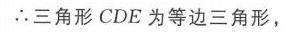
$\therefore$三角形$CDE$为等边三角形，